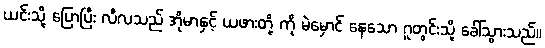
ယင်းသို့ ပြောပြီး လီလသည် အိုမာနှင့် ယဖားတို့ ကို မဲမှောင် နေသော ဂူတွင်းသို့ ခေါ်သွားသည်။